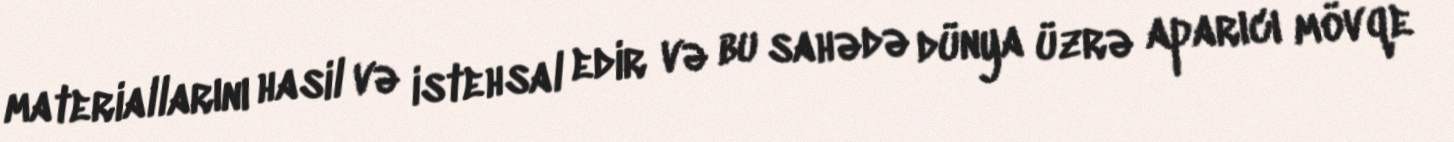
materiallarını hasil və istehsal edir və bu sahədə dünya üzrə aparıcı mövqe